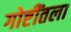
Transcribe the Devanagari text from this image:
गोष्टींतला